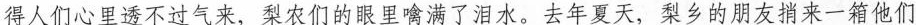
得人们心里透不过气来，梨农们的眼里噙满了泪水。去年夏天，梨乡的朋友捎来一箱他们